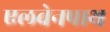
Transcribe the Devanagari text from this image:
एलवेनपाथ